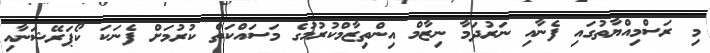
މި ރަސްމިއްޔާތުގައި ފެނާއި ނަރުދަމާ ނިޒާމް އިންތިޒާމްކުރުމުގެ މަސައްކަތް ކުރުމަށް ފެނަކަ ކޯޕަރޭޝަނާއި